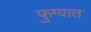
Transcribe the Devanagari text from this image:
फुग्यात